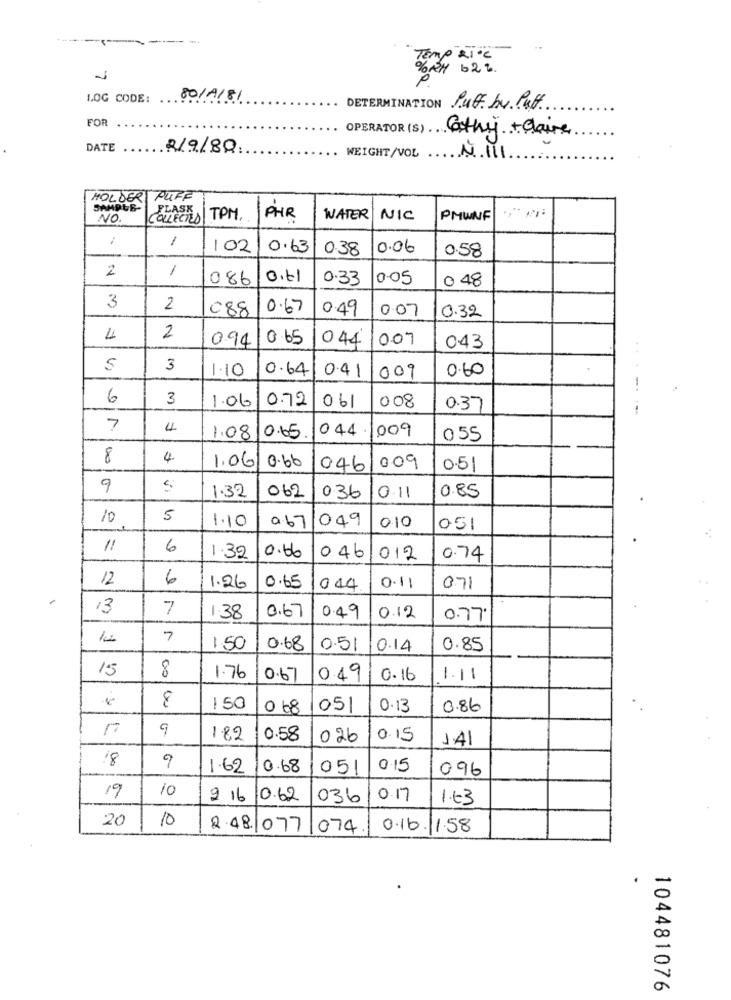
---------- -
Temp RIOL
%RM 62%.
LOG CODE: ....
80/A/81
DETERMINATION Suff by Puff
FOR
OPERATOR (S) ..
Cathy + Claire
DATE
2/9/80
N.111
WEIGHT/VOL
HOLDER PUFF
SAMPUB-
PLASK
NO.
COLLECTED
TPM.
PHR
WATER
NIC
PMWNF
1
102
0.63
0.38
0.06
0.58
2
1
086
0.61
0.33
0.05
0 48
3
2
088
0.67
0.49
0.07
0.32
4
2
0.94
0.65
044
007
043
3
1.10
0.64
0.41
0.60
009
...-.
6
3
0.72
1.06
061
008
0.37
7
4
044
009
1.08
0.65
055
8
4.
1.06|0.66
046
009
0.51
9
1.32
062
036
0.11
0.85
10
5
049
1.10
0.67
010
051
6
1.32
0.66
046
012
0.74
12
6
1.26
0.65
044
0.11
071
7
0.67
1.38
0.49
0.12
0.77
12
7
1.50
0.68
0.51
0.14
0.85
15
8
1.76
0.67
0.49
0.16
1.11
8
150
0 68
05/
0.13
0.86
9
1.82
0.58
026
0.15
J.41
18
9
1.62
0.68
051
0.15
096
19
10
2 16 0.62
036
0.17
1.63
20
10
2.48.1077|074
0.16.1.58
104481076